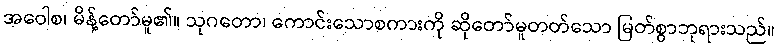
အဝေါစ၊ မိန့်တော်မူ၏။ သုဂတော၊ ကောင်းသောစကားကို ဆိုတော်မူတတ်သော မြတ်စွာဘုရားသည်။